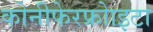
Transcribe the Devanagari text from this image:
कोनीफेरफ्रोाइटा